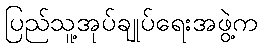
ပြည်သူ့အုပ်ချုပ်ရေးအဖွဲ့က